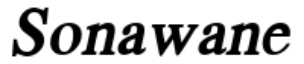
Sonawane